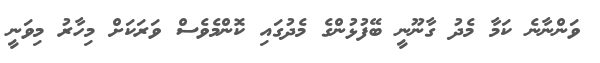
ވަންނާނެ ކަމާ މެދު ގާނޫނީ ބޭފުޅުންގެ މެދުގައި ކޮންމެވެސް ވަރަކަށް މިހާރު މިވަނީ